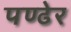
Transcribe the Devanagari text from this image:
पण्ढेर